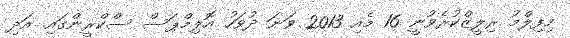
މިފިލްމު ރިލީޒްކުރެވުނީ 16 މެއި 2013 ވަނަ ދުވަހު އޮލިމްޕަސް ސްކްރީންގައި. އަދި